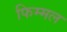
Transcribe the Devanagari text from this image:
फिम्मल